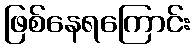
ဖြစ်နေရကြောင်း